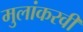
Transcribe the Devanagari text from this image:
मुलांकरवी